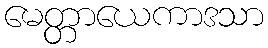
မေတ္တာယေကာဒသာ